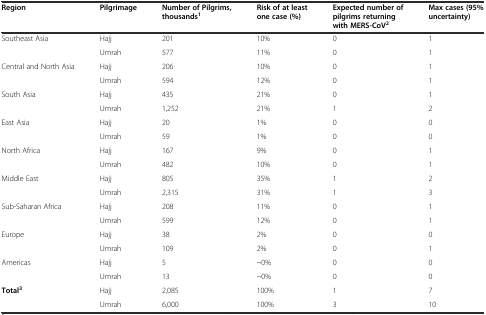
<table><thead><tr><td><b>Region</b></td><td><b>Pilgrimage</b></td><td><b>Number of Pilgrims, thousands<sup>1</sup></b></td><td><b>Risk of at least one case (%)</b></td><td><b>Expected number of pilgrims returning with MERS-CoV<sup>2</sup></b></td><td><b>Max cases (95% uncertainty)</b></td></tr></thead><tbody><tr><td rowspan="2">Southeast Asia</td><td>Hajj</td><td>201</td><td>10%</td><td>0</td><td>1</td></tr><tr><td>Umrah</td><td>577</td><td>11%</td><td>0</td><td>1</td></tr><tr><td rowspan="2">Central and North Asia</td><td>Hajj</td><td>206</td><td>10%</td><td>0</td><td>1</td></tr><tr><td>Umrah</td><td>594</td><td>12%</td><td>0</td><td>1</td></tr><tr><td rowspan="2">South Asia</td><td>Hajj</td><td>435</td><td>21%</td><td>0</td><td>1</td></tr><tr><td>Umrah</td><td>1,252</td><td>21%</td><td>1</td><td>2</td></tr><tr><td rowspan="2">East Asia</td><td>Hajj</td><td>20</td><td>1%</td><td>0</td><td>0</td></tr><tr><td>Umrah</td><td>59</td><td>1%</td><td>0</td><td>0</td></tr><tr><td rowspan="2">North Africa</td><td>Hajj</td><td>167</td><td>9%</td><td>0</td><td>1</td></tr><tr><td>Umrah</td><td>482</td><td>10%</td><td>0</td><td>1</td></tr><tr><td rowspan="2">Middle East</td><td>Hajj</td><td>805</td><td>35%</td><td>1</td><td>2</td></tr><tr><td>Umrah</td><td>2,315</td><td>31%</td><td>1</td><td>3</td></tr><tr><td rowspan="2">Sub-Saharan Africa</td><td>Hajj</td><td>208</td><td>11%</td><td>0</td><td>1</td></tr><tr><td>Umrah</td><td>599</td><td>12%</td><td>0</td><td>1</td></tr><tr><td rowspan="2">Europe</td><td>Hajj</td><td>38</td><td>2%</td><td>0</td><td>0</td></tr><tr><td>Umrah</td><td>109</td><td>2%</td><td>0</td><td>1</td></tr><tr><td rowspan="2">Americas</td><td>Hajj</td><td>5</td><td>~0%</td><td>0</td><td>0</td></tr><tr><td>Umrah</td><td>13</td><td>~0%</td><td>0</td><td>0</td></tr><tr><td rowspan="2"><b>Total</b><sup><b>3</b></sup></td><td>Hajj</td><td>2,085</td><td>100%</td><td>1</td><td>7</td></tr><tr><td>Umrah</td><td>6,000</td><td>100%</td><td>3</td><td>10</td></tr></tbody></table>